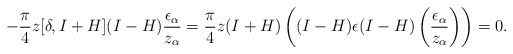
\begin{align*}-\frac{\pi}{4}z[\delta,I+H](I-H)\frac{\epsilon_{\alpha}}{z_{\alpha}}=\frac{\pi}{4}z(I+H)\left((I-H)\epsilon(I-H)\left(\frac{\epsilon_{\alpha}}{z_{\alpha}}\right)\right)=0.\end{align*}